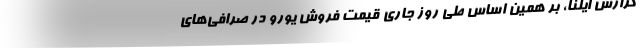
گزارش ایلنا، بر همین‌ اساس طی روز جاری قیمت فروش یورو در صرافی‌های